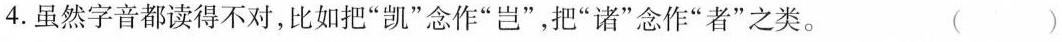
4. 虽然字音都读得不对，比如把“凯”念作“岂”，把“诸”念作“者”之类。 ( )